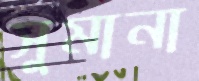
সুমানা